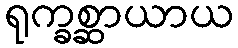
ရုက္ခစ္ဆာယာယ